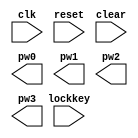
module Keybord(clk,reset,clear,lockkey,pw0,pw1,pw2,pw3);
input clk;
input reset;
input clear;
input lockkey;
output [3:0]pw0;
output [3:0]pw1;
output [3:0]pw2;
output [3:0]pw3;
	
endmodule